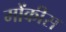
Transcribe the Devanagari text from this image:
मोंकीस